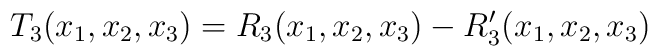
T_3(x_1,x_2,x_3)=R_3(x_1,x_2,x_3)-R_3^{\prime}(x_1,x_2,x_3)